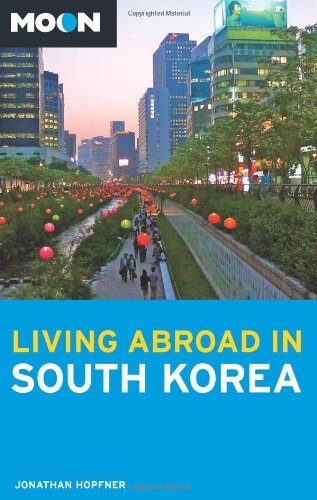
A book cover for Moon Living Abroad in South Korea; Jonathan Hopfner; Travel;